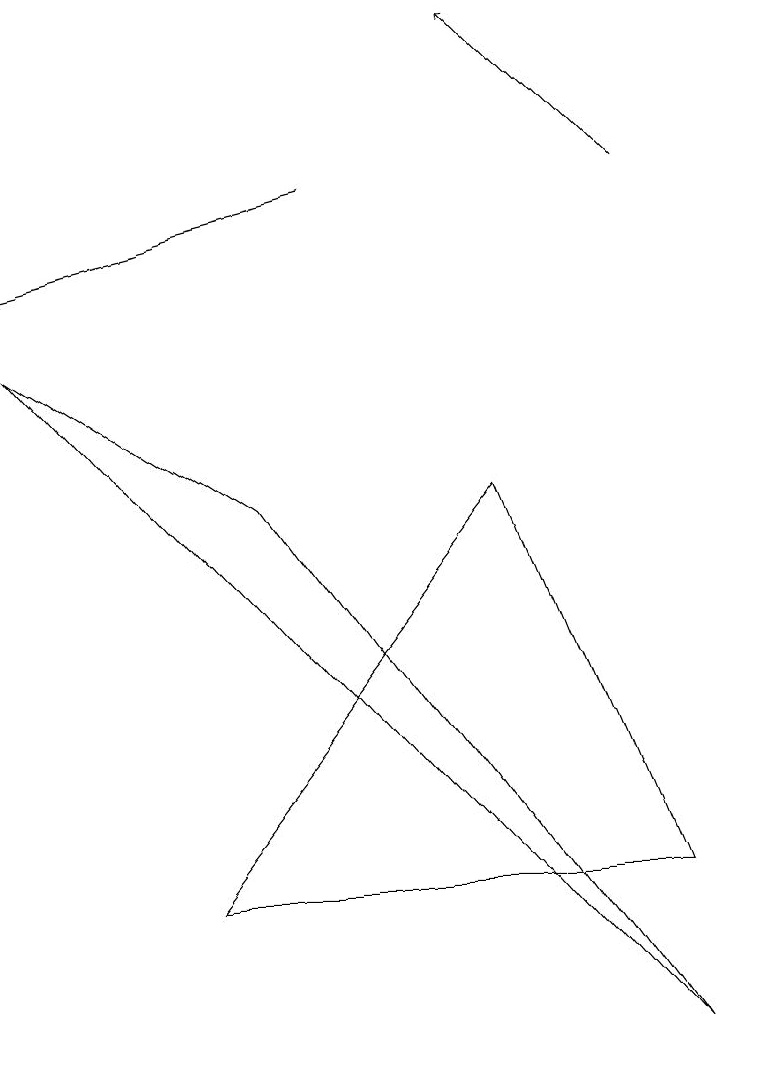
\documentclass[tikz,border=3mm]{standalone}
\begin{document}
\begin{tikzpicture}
\draw (1,9) -- (4,7) -- (9,0) -- cycle;
\draw (7,7) -- (3,2) -- (9,2) -- cycle;
\draw[->] (9,11) -- (7,13);
\draw[->] (5,11) -- (1,10);
\draw (10,12) circle (0);
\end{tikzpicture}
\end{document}